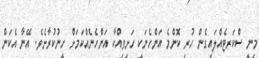
މިނީ ސްކަރޓެއްލައިގެން ހުރި ކޮންމެ އަންހެނަކީ ހަށިވިއްކާ އަންހެނެއްކަމަށް ހީނުކުރާށެވެ. އޭނާ އެކަން